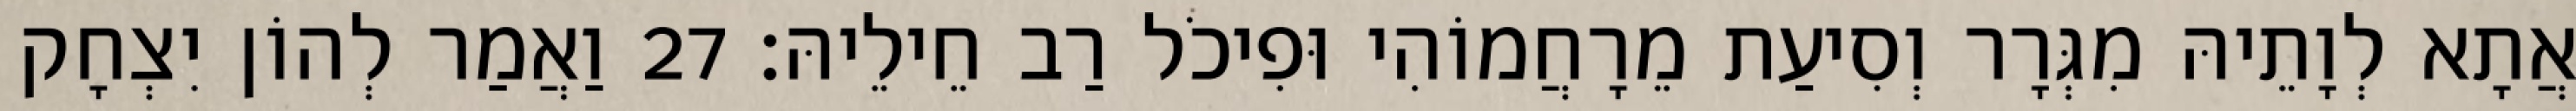
אֲתָא לְוָתֵיהּ מִגְּרָר וְסִיעַת מֵרָחֲמוֹהִי וּפִיכֹל רַב חֵילֵיהּ׃ 27 וַאֲמַר לְהוֹן יִצְחָק